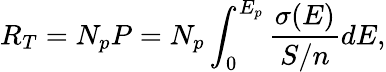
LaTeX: R_{T}=N_{p}P=N_{p}\int_{0}^{E_{p}}\frac{\sigma(E)}{S/n}dE,